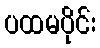
ပထမပိုင်း